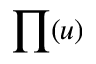
\prod ( u )